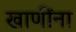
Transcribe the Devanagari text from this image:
खाणींना